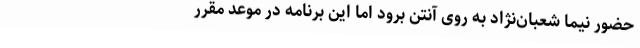
حضور نیما شعبان‌نژاد به روی آنتن برود اما این برنامه در موعد مقرر